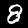
Digit: 8